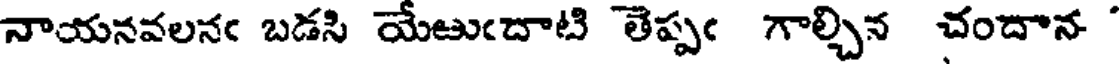
నాయనవలనఁ బడసి యేఱుఁదాటి తెప్పఁ గాల్చిన చందాన